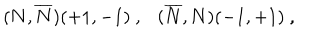
( { \bf N } , { \overline { { { \bf N } } } } ) ( + 1 , - 1 ) ~ , ( { \overline { { { \bf N } } } } , { { \bf N } } ) ( - 1 , + 1 ) ~ ,